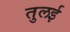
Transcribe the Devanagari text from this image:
तुलई